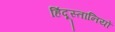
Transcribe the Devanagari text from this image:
हिंदूस्तानियों